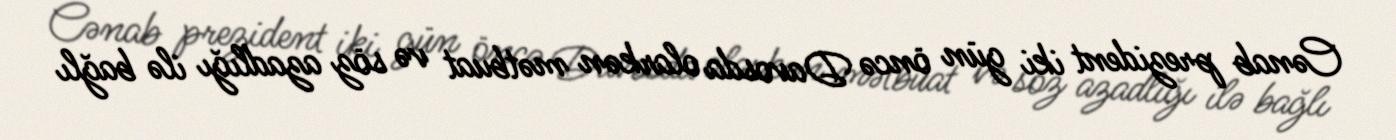
Cənab prezident iki gün öncə Davosda olarkən mətbuat və söz azadlığı ilə bağlı